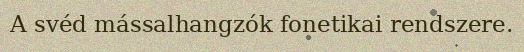
A svéd mássalhangzók fonetikai rendszere.